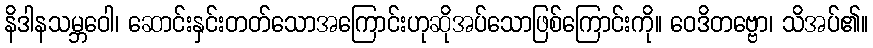
နိဒါနသမ္ဘဝေါ၊ ဆောင်းနှင်းတတ်သောအကြောင်းဟုဆိုအပ်သောဖြစ်ကြောင်းကို။ ဝေဒိတဗ္ဗော၊ သိအပ်၏။